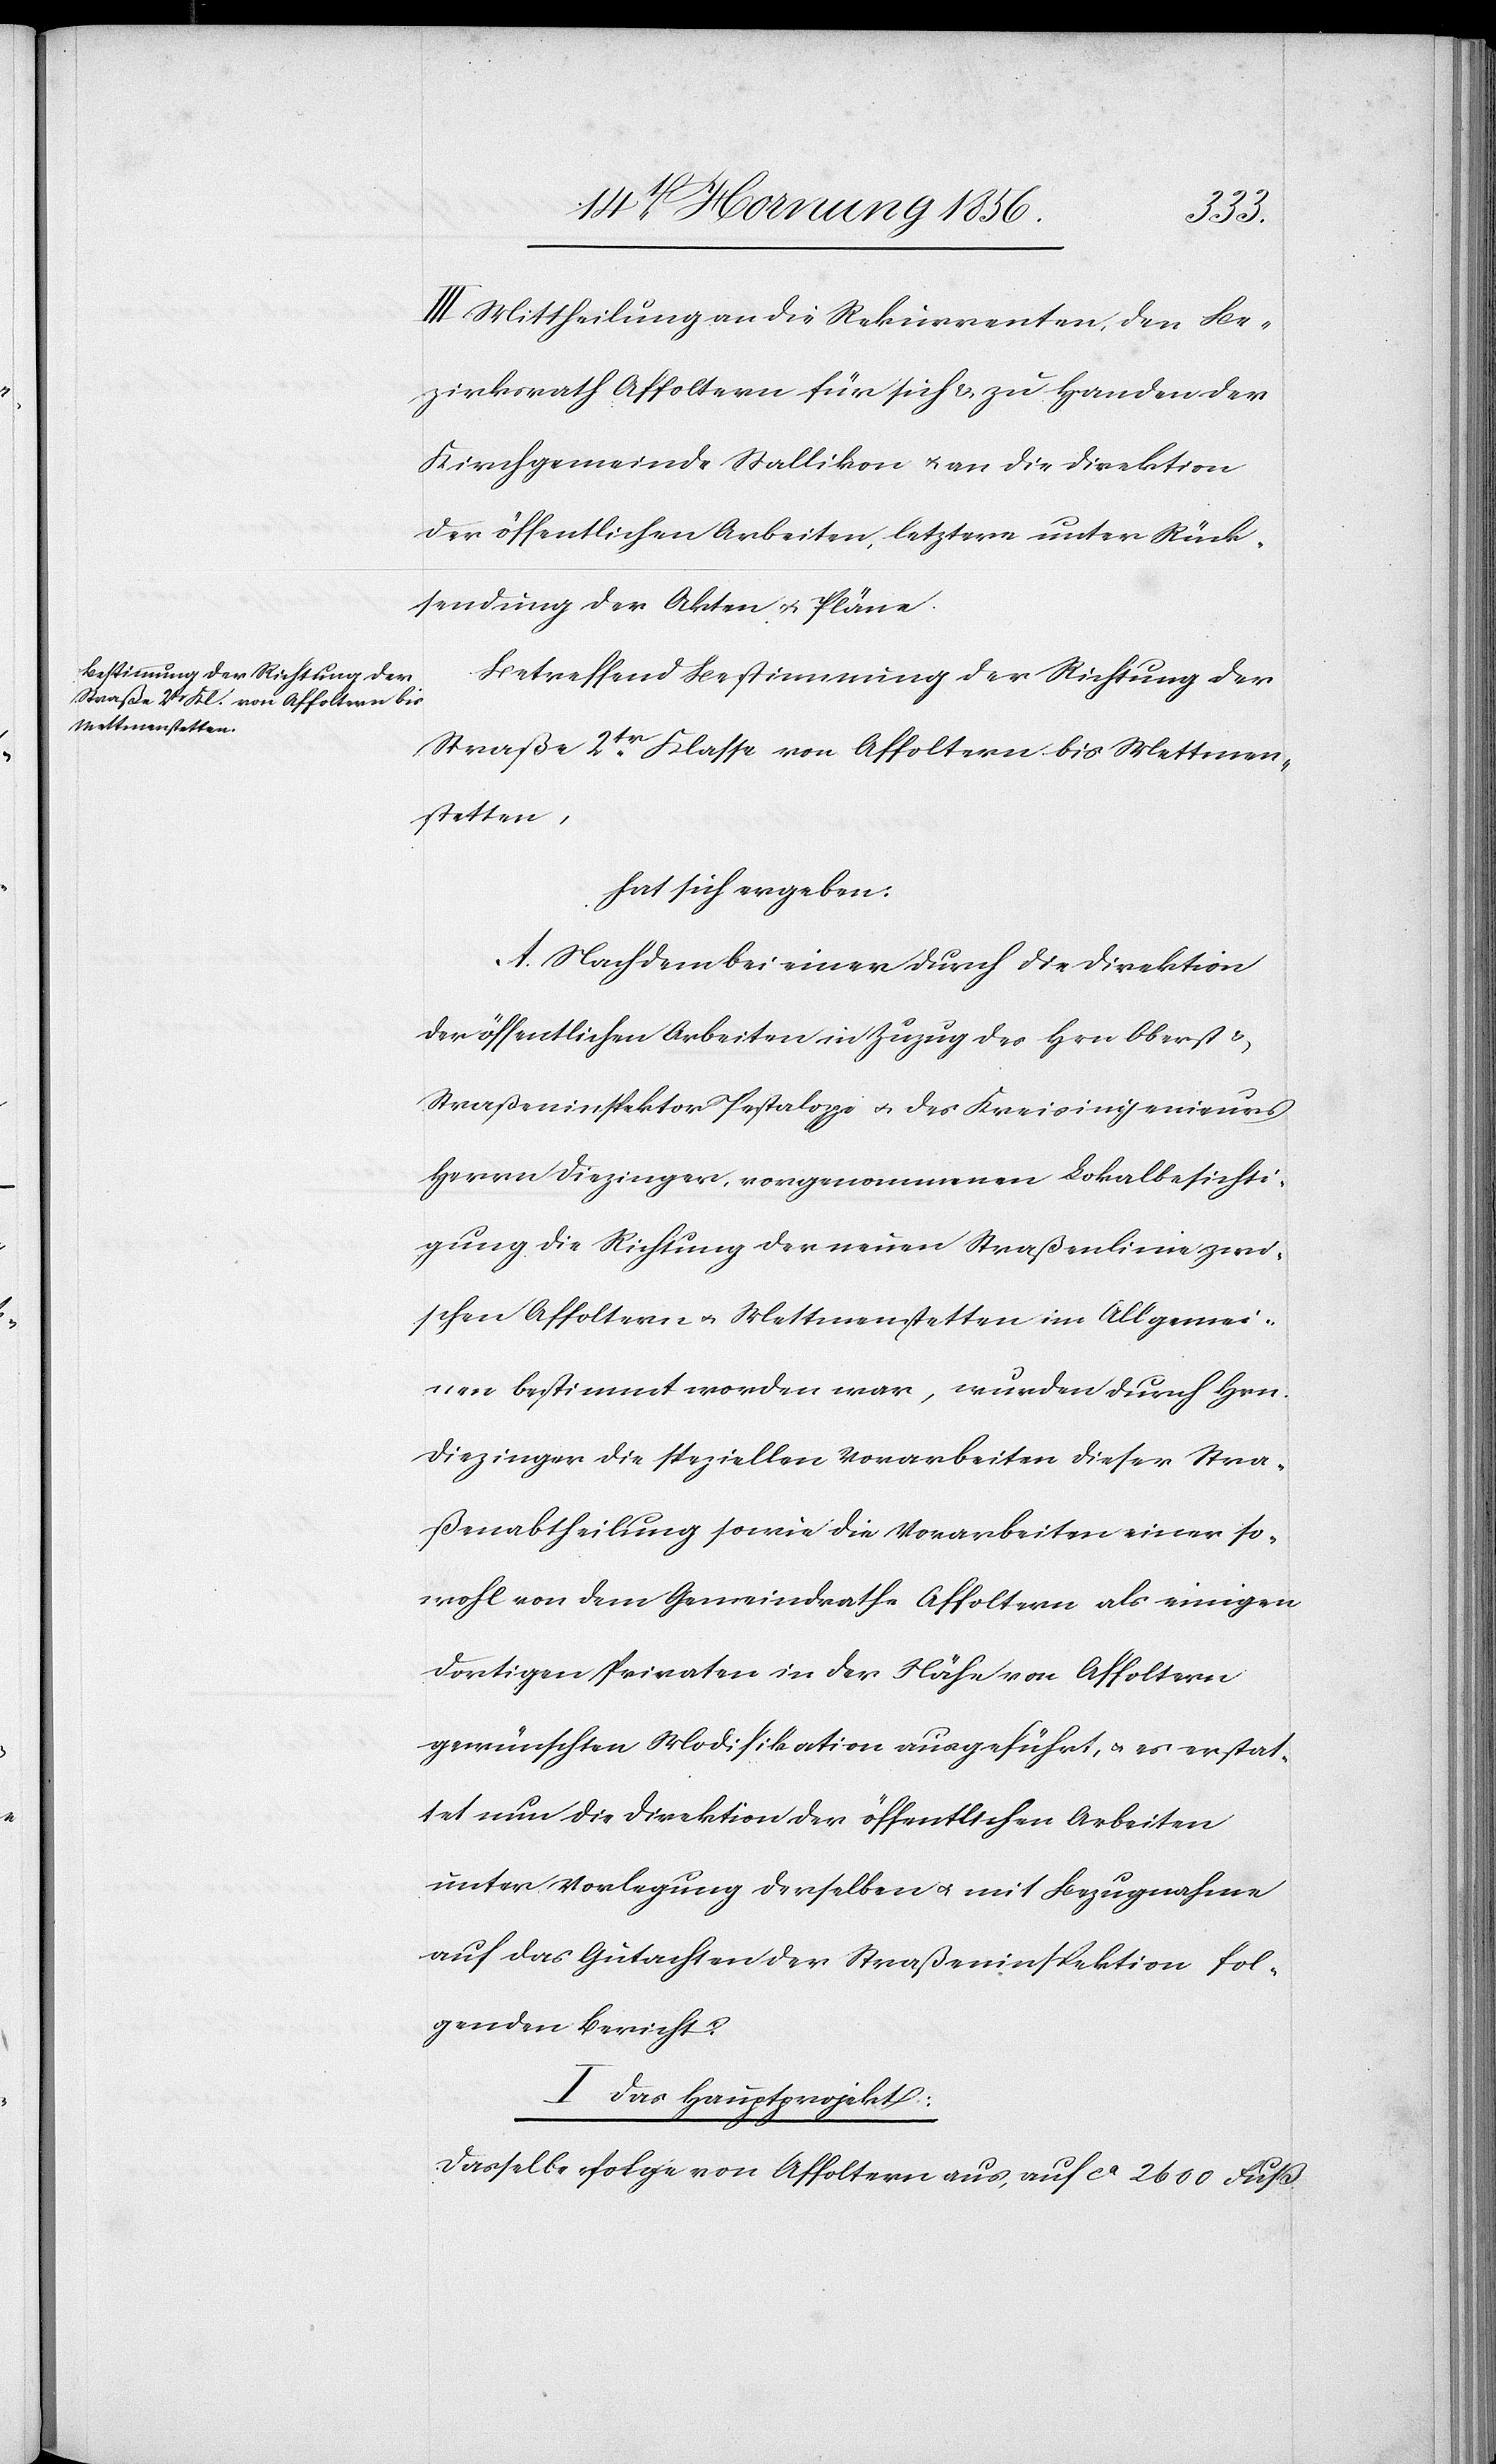
III. Mittheilung an die Rekurrenten, den Be¬
zirksrath Affoltern für sich & zu Handen der
Kirchgemeinde Stallikon u. an die Direktion
der öffentlichen Arbeiten, letztere unter Rück¬
sendung der Akten u. Pläne.
Betreffend Bestimmung der Richtung der
Straße 2tr Klasse von Affoltern bis Mettmen¬
stetten,
hat sich ergeben:
A. Nachdem bei einer durch die Direktion
der öffentlichen Arbeiten in Zuzug des Hrn Oberst &
Straßeninspektor Pestalozzi u. des Kreisingenieurs
Herrn Diezinger, vorgenommenen Lokalbesichti¬
gung die Richtung der neuen Straßenlinie zwi¬
schen Affoltern u. Mettmenstetten im Allgemei¬
nen bestimmt worden war, wurden durch Hrn.
Diezinger die speziellen Vorarbeiten dieser Stra¬
ßenabtheilung sowie die Vorarbeiten einer so¬
wohl von dem Gemeindrathe Affoltern als einigen
dortigen Privaten in der Nähe von Affoltern
gewünschten Modifikation ausgeführt, u. es erstat¬
tet nun die Direktion der öffentlichen Arbeiten
unter Vorlegung derselben u. mit Bezugnahme
auf das Gutachten der Straßeninspektion fol¬
genden Bericht:
I Das Hauptprojekt:
Dasselbe folge von Affoltern aus, auf ca 2600 Fuß